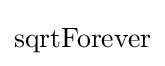
\operatorname {sqrtForever}